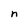
Character: n